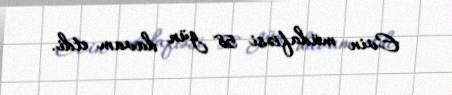
Evin müdafiəsi 58 gün davam etdi.